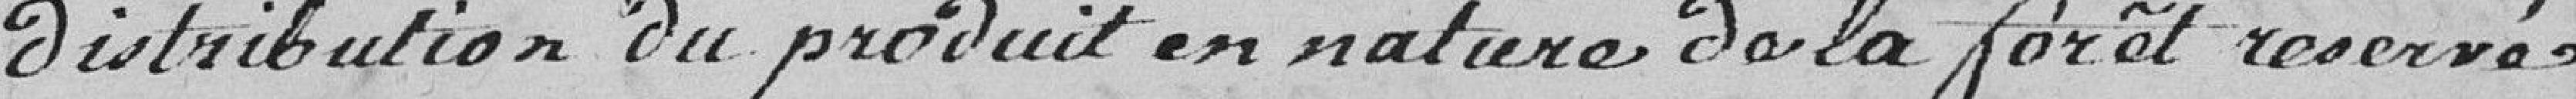
distribution du produit en nature de la forêt reservé